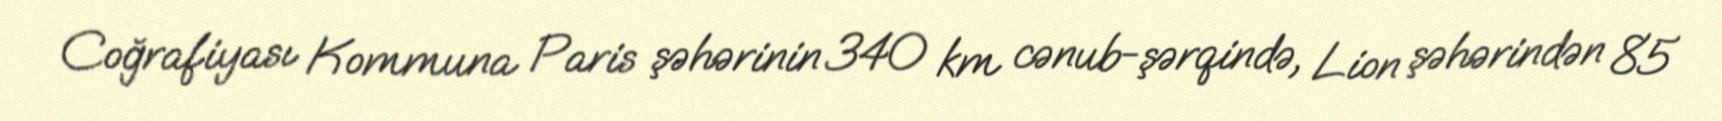
Coğrafiyası Kommuna Paris şəhərinin 340 km cənub-şərqində, Lion şəhərindən 85